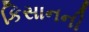
કિસાનની